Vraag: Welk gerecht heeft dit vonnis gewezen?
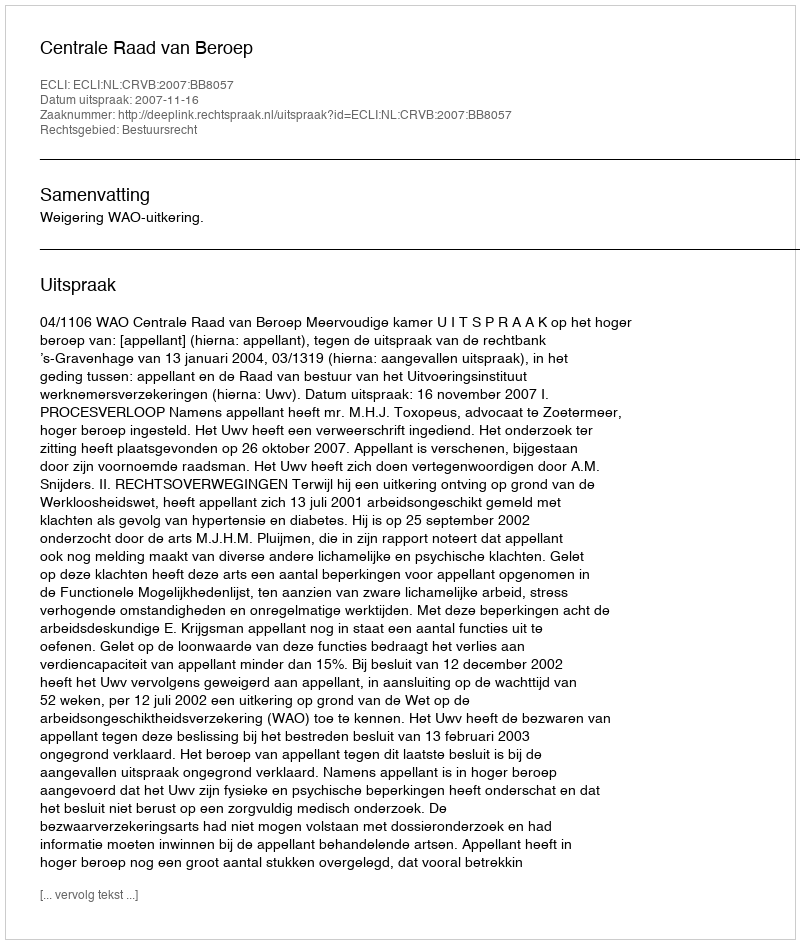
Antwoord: Centrale Raad van Beroep